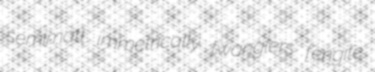
semimatt immetrically twanglers fengite